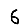
Digit: 6